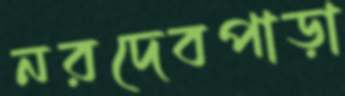
নরদেবপাড়া